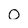
Character: O